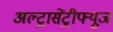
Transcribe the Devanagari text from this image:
अल्ट्रासेंट्रीफ्यूज